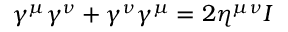
\gamma ^ { \mu } \gamma ^ { \nu } + \gamma ^ { \nu } \gamma ^ { \mu } = 2 \eta ^ { \mu \nu } I